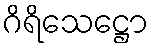
ဂိရိသေဋ္ဌော